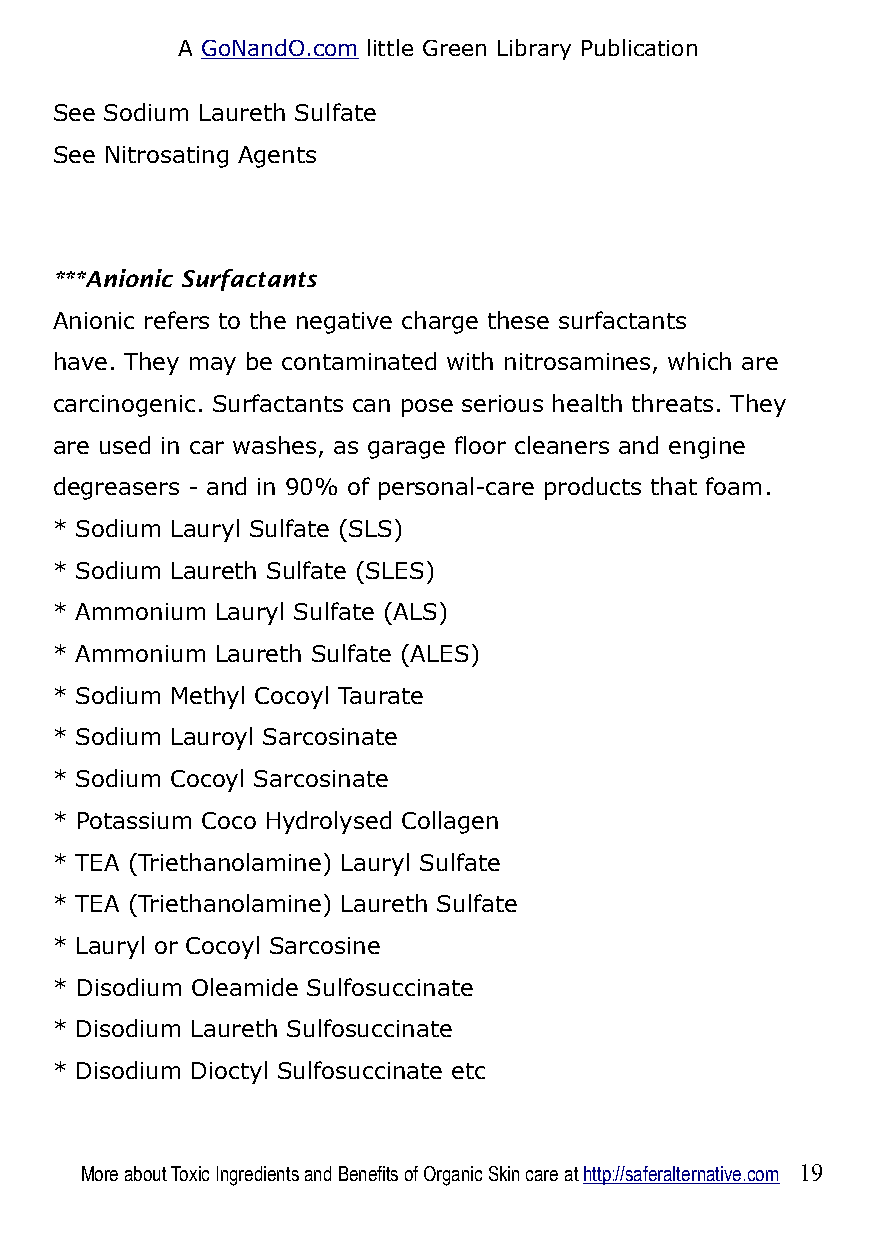
A GoNandO.com little Green Library Publication
 See Sodium Laureth Sulfate
 See Nitrosating Agents
 ***Anionic Surfactants
 Anionic refers to the negative charge these surfactants
 have. They may be contaminated with nitrosamines, which are
 carcinogenic. Surfactants can pose serious health threats. They
 are used in car washes, as garage floor cleaners and engine
 degreasers - and in 90% of personal-care products that foam.
 * Sodium Lauryl Sulfate (SLS)
 * Sodium Laureth Sulfate (SLES)
 * Ammonium Lauryl Sulfate (ALS)
 * Ammonium Laureth Sulfate (ALES)
 * Sodium Methyl Cocoyl Taurate
 * Sodium Lauroyl Sarcosinate
 * Sodium Cocoyl Sarcosinate
 * Potassium Coco Hydrolysed Collagen
 * TEA (Triethanolamine) Lauryl Sulfate
 * TEA (Triethanolamine) Laureth Sulfate
 * Lauryl or Cocoyl Sarcosine
 * Disodium Oleamide Sulfosuccinate
 * Disodium Laureth Sulfosuccinate
 * Disodium Dioctyl Sulfosuccinate etc
 More about Toxic Ingredients and Benefits of Organic Skin care at http://saferalternative.com 19